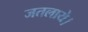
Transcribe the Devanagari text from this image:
जतलाये।